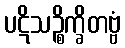
ပဋိသဉ္စိက္ခိတဗ္ဗံ